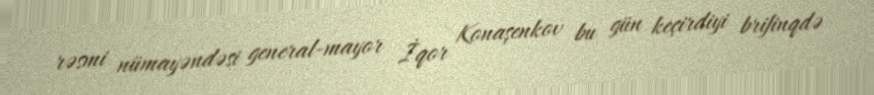
rəsmi nümayəndəsi general-mayor İqor Konaşenkov bu gün keçirdiyi brifinqdə